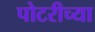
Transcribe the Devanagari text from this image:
पोटरीच्या